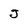
Character: J